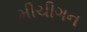
મીચીગન